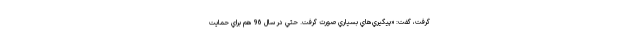
گرفت، گفت: «پيگيري‌هاي بسياري صورت گرفت. حتي در سال 96 هم براي حمايت